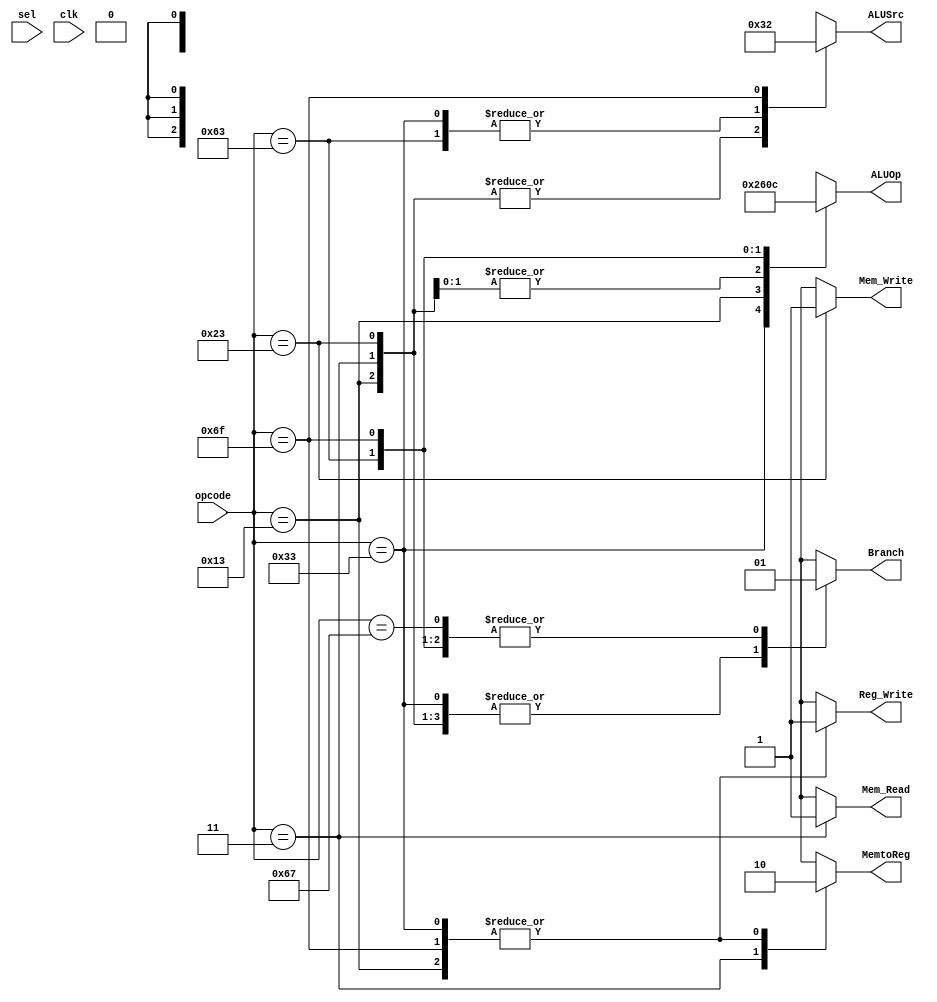

module Control(
    input [2:0]sel,
    input clk,
    input [6:0] opcode,
    output reg Branch,
    output reg Mem_Read,
    output reg MemtoReg,
    output reg [2:0]ALUOp,
    output reg Mem_Write,
    output reg [1:0] ALUSrc,
    output reg Reg_Write
    //output Reg_Read
    );
    always @(*)begin
    begin
    case(opcode)
    //R_Type instruction
    7'b0110011:begin 
            Reg_Write=1;
            Mem_Write=1'bX;//disable memory part
            Mem_Read=1'bX;//disable memory part
            MemtoReg=0;//take output from alu not memory
            ALUOp=3'b010;//
            ALUSrc=2'b00;//take 2nd input of alu form register not form imm_gen 
            Branch=0;//disable branch
            
        end
     //I_Type instruction
     7'b0010011:begin 
            Reg_Write=1;
            Mem_Write=1'bX;//disable memory part
            Mem_Read=1'bX;//disable memory part
            MemtoReg=0;//take output from alu not memory
            ALUOp=3'b011;//doubt
            ALUSrc=2'b11;//take 2nd input of alu form imm_gen not form register 
            Branch=0;
            
        end
      //load instruction
      7'b0000011:begin 
            Reg_Write=1'bX;
            Mem_Write=1'bX;//disable write  memory part
            Mem_Read=1;//enable read memory part
            MemtoReg=1;//disable MUX3
            ALUOp=3'b000;//given in book
            ALUSrc=2'b11;//take 2nd input of alu form imm_gen not form register 
            Branch=0;
            
        end
        //store instruction
        7'b0100011:begin 
            Reg_Write=1'bX;
            Mem_Write=1;//enable write memory part
            Mem_Read=1'bX;//disablered  memory part
            MemtoReg=1'bX;//disable MX3
            ALUOp=3'b000;//doubt
            ALUSrc=2'b11;//take 2nd input of alu form imm_gen not form register 
            Branch=0;
            
        end
        //branch instruction //jal instruction
        7'b1100011:begin 
            Reg_Write=1'bX;
            Mem_Write=1'bX;//disable memory part
            Mem_Read=1'bX;//disable memory part
            MemtoReg=1'bX;//disable MUX3
            ALUOp=3'b001;//doubt
            ALUSrc=2'b00;//take 2nd input of alu form register not form imm_gen MUX2
            Branch=1;
            
        end
        //JAL instruction UJ-type
        7'b1101111:begin 
            Reg_Write=1;
            Mem_Write=1'bX;//disable memory part
            Mem_Read=1'bX;//disable memory part
            MemtoReg=1'b0;//enable MUX3
            ALUOp=3'b100;//doubt
            ALUSrc=2'b10;//take 3rd input of alu form imm_gen not form register MUX2
            Branch=1;
            
        end
        //JALR instruction UJ-type
        7'b1100111:begin 
            Reg_Write=1'bX;
            Mem_Write=1'bX;//disable memory part
            Mem_Read=1'bX;//disable memory part
            MemtoReg=1'bX;//disable MUX3
            ALUOp=3'bXXX;//doubt
            ALUSrc=1'bX;//take 2nd input of alu form imm_gen not form register 
            Branch=1;
        end
        default: begin 
            Reg_Write=1'bX;
            Mem_Write=1'bX;//disable memory part
            Mem_Read=1'bX;//disable memory part
            MemtoReg=1'bX;//disable MUX3
            ALUOp=3'bXXX;//doubt
            ALUSrc=1'bX;//take 2nd input of alu form imm_gen not form register 
            Branch=1'bX;
        end
        endcase
    end
        
    end
    
endmodule